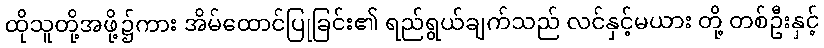
ထိုသူတို့အဖို့၌ကား အိမ်ထောင်ပြုခြင်း၏ ရည်ရွယ်ချက်သည် လင်နှင့်မယား တို့ တစ်ဦးနှင့်